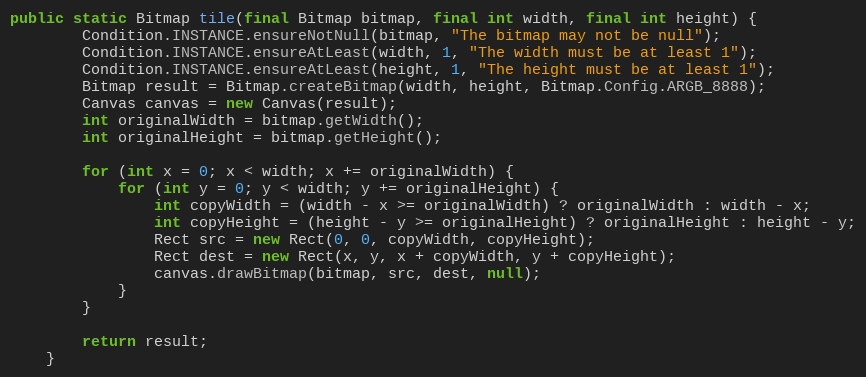
Language: Java
public static Bitmap tile(final Bitmap bitmap, final int width, final int height) {
        Condition.INSTANCE.ensureNotNull(bitmap, "The bitmap may not be null");
        Condition.INSTANCE.ensureAtLeast(width, 1, "The width must be at least 1");
        Condition.INSTANCE.ensureAtLeast(height, 1, "The height must be at least 1");
        Bitmap result = Bitmap.createBitmap(width, height, Bitmap.Config.ARGB_8888);
        Canvas canvas = new Canvas(result);
        int originalWidth = bitmap.getWidth();
        int originalHeight = bitmap.getHeight();

        for (int x = 0; x < width; x += originalWidth) {
            for (int y = 0; y < width; y += originalHeight) {
                int copyWidth = (width - x >= originalWidth) ? originalWidth : width - x;
                int copyHeight = (height - y >= originalHeight) ? originalHeight : height - y;
                Rect src = new Rect(0, 0, copyWidth, copyHeight);
                Rect dest = new Rect(x, y, x + copyWidth, y + copyHeight);
                canvas.drawBitmap(bitmap, src, dest, null);
            }
        }

        return result;
    }